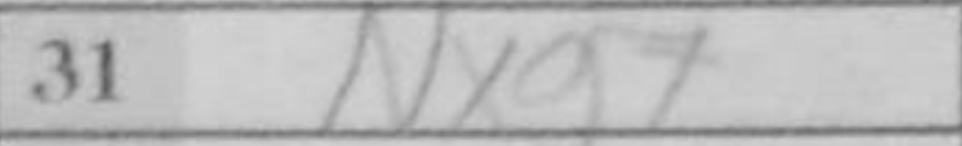
Transcription: Nxg7